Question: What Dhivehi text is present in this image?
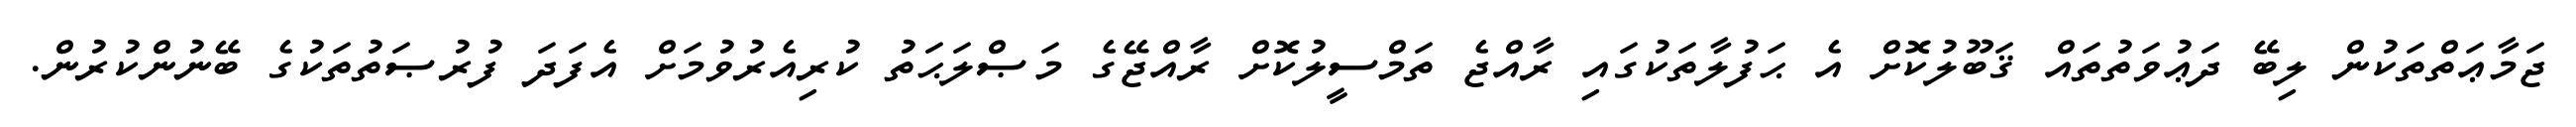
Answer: ޖަމާޢަތްތަކުން ލިބޭ ދަޢުވަތުތައް ޤަބޫލުކޮށް އެ ޙަފުލާތަކުގައި ރާއްޖެ ތަމްސީލުކޮށް ރާއްޖޭގެ މަޞްލަޙަތު ކުރިއެރުވުމަށް އެފަދަ ފުރުޞަތުތަކުގެ ބޭނުންކުރުން.